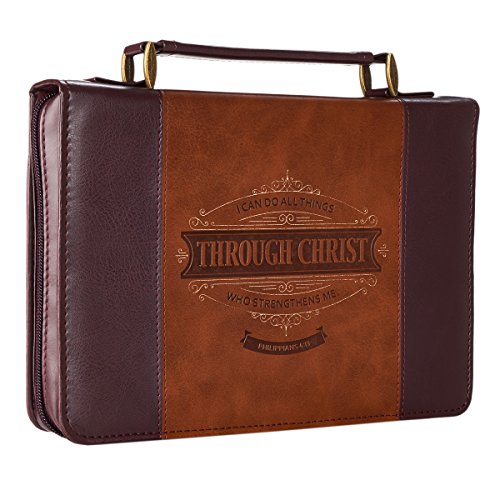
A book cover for "Through Christ" Two-tone Bible / Book Cover - Philippians 4:13 (Medium); Christian Art Gifts; Religion & Spirituality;